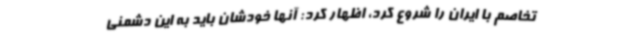
تخاصم با ایران را شروع کرد، اظهار کرد: آنها خودشان باید به این دشمنی